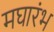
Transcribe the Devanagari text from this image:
मघारंभ